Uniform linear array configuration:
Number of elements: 24
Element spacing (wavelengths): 0.5
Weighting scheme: blackman
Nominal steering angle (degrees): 15
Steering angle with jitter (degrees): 16.929
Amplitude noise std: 0.05
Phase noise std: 0.05

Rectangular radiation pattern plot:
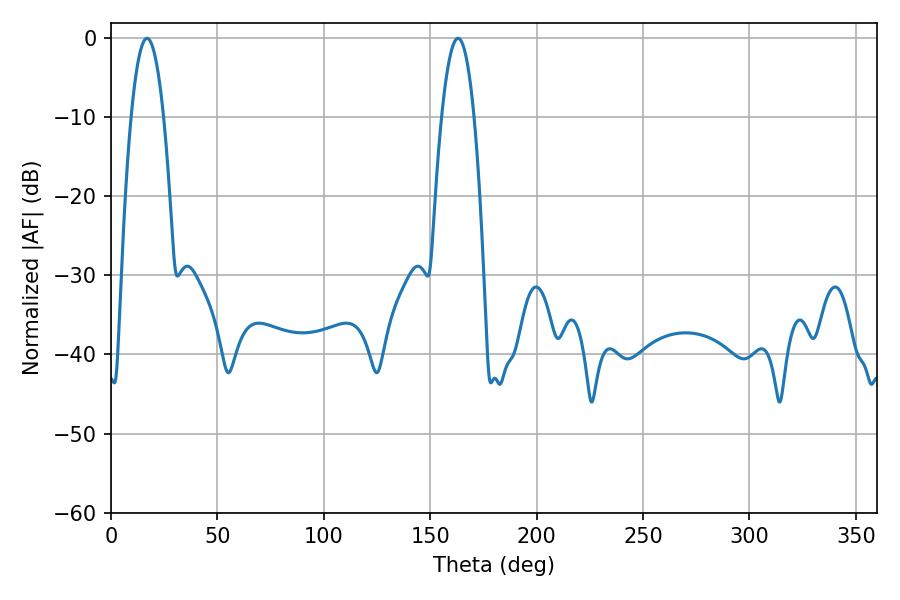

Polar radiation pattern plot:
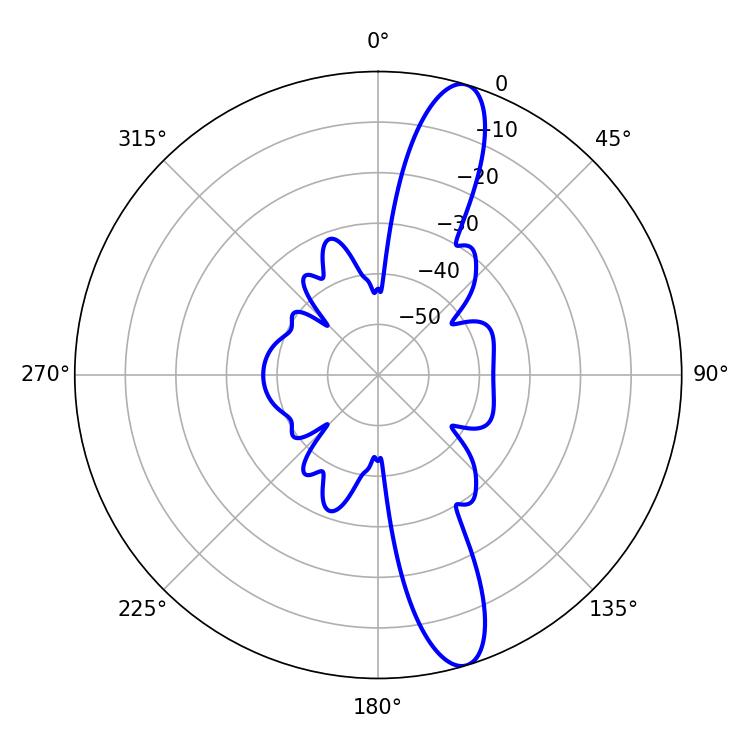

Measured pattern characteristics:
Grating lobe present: FALSE
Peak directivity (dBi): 13.359
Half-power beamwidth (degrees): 8.46
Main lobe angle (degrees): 16.92